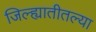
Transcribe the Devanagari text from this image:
जिल्ह्यातीतल्या